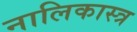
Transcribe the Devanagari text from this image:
नालिकास्‍त्र